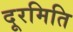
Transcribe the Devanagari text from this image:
दूरमिति